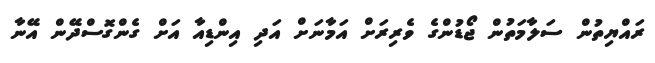
ރައްޔިތުން ސަލާމަތުން ޖޯޑުންގެ ވެރިރަށް އަމާނަށް އަދި އިންޑިއާ އަށް ގެންގޮސްދޭން އޭނާ